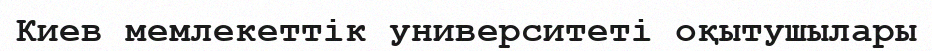
Киев мемлекеттік университеті оқытушылары